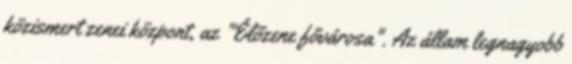
közismert zenei központ, az "Élőzene fővárosa". Az állam legnagyobb